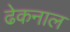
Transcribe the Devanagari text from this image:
ढेकनाल